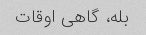
بله، گاهی اوقات